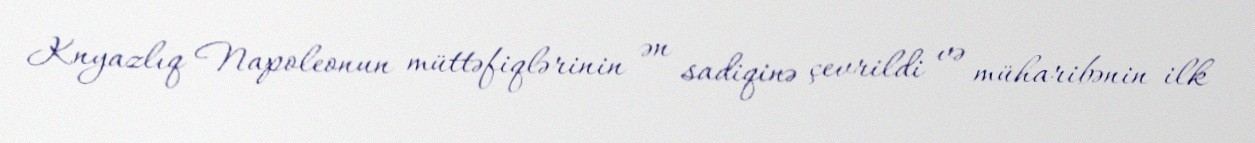
Knyazlıq Napoleonun müttəfiqlərinin ən sadiqinə çevrildi və müharibənin ilk